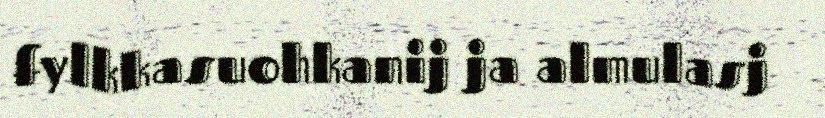
fylkkasuohkanij ja almulasj